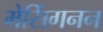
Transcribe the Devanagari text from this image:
मेसिंगनन